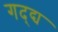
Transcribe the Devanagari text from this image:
गद्द्य